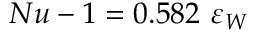
N u - 1 = 0 . 5 8 2 \ \varepsilon _ { W }